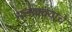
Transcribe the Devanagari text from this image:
मलाक्क्याचे